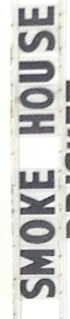
SMOKE HOUSE